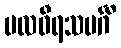
ဗလဝီရသမင်္ဂီ